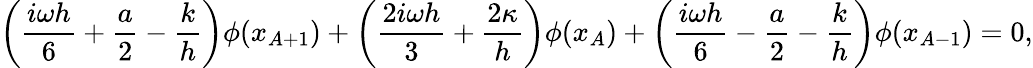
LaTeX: \left(\frac{i\omega h}{6}+\frac{a}{2}-\frac{k}{h}\right)\phi(x_{A+1})+\left(\frac{2i\omega h}{3}+\frac{2\kappa}{h}\right)\phi(x_{A})+\left(\frac{i\omega h}{6}-\frac{a}{2}-\frac{k}{h}\right)\phi(x_{A-1})=0,